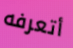
أتعرفه